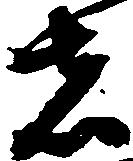
は